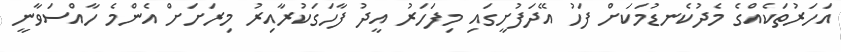
އަހަރުތަކެއްގެ މެދުކެނޑުމަކަށް ފަހު އޭދަފުށީގައި މިފަހަރު އީދު ފާހަގަކުރާއިރު މިރަށަށް އެންމެ ހާއްސަވާނީ